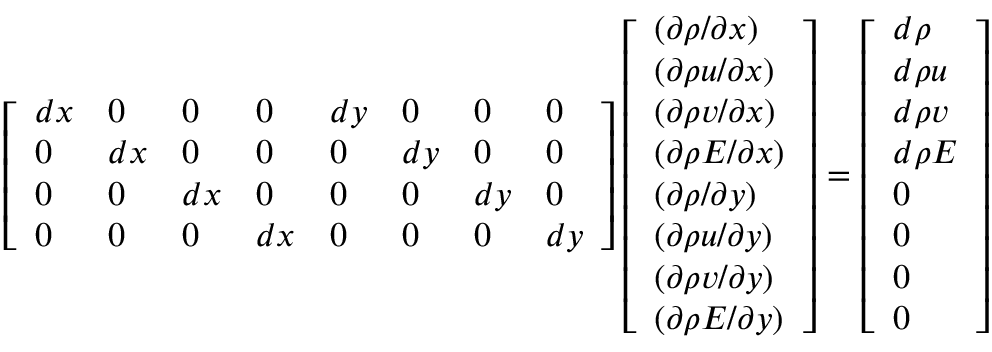
\left[ \begin{array} { l l l l l l l l } { d x } & { 0 } & { 0 } & { 0 } & { d y } & { 0 } & { 0 } & { 0 } \\ { 0 } & { d x } & { 0 } & { 0 } & { 0 } & { d y } & { 0 } & { 0 } \\ { 0 } & { 0 } & { d x } & { 0 } & { 0 } & { 0 } & { d y } & { 0 } \\ { 0 } & { 0 } & { 0 } & { d x } & { 0 } & { 0 } & { 0 } & { d y } \end{array} \right] \left[ \begin{array} { l } { ( \partial \rho / \partial x ) } \\ { ( \partial \rho u / \partial x ) } \\ { ( \partial \rho v / \partial x ) } \\ { ( \partial \rho E / \partial x ) } \\ { ( \partial \rho / \partial y ) } \\ { ( \partial \rho u / \partial y ) } \\ { ( \partial \rho v / \partial y ) } \\ { ( \partial \rho E / \partial y ) } \end{array} \right] = \left[ \begin{array} { l } { d \rho } \\ { d \rho u } \\ { d \rho v } \\ { d \rho E } \\ { 0 } \\ { 0 } \\ { 0 } \\ { 0 } \end{array} \right]